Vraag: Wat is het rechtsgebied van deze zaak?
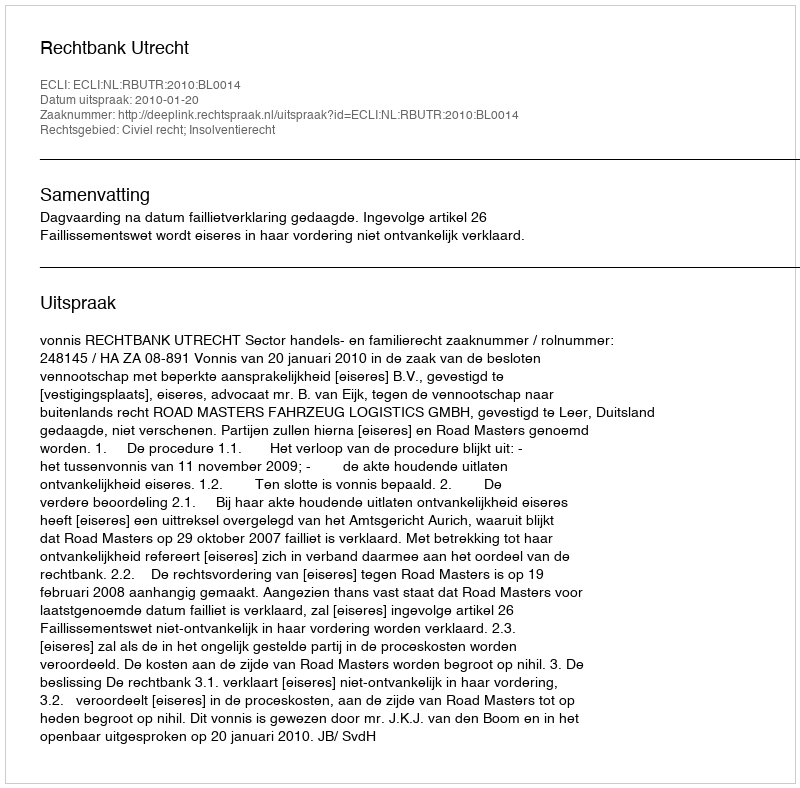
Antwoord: Civiel recht; Insolventierecht